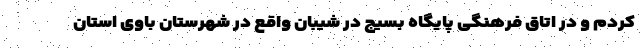
کردم و در اتاق فرهنگی پایگاه بسیج در شیبان واقع در شهرستان باوی استان